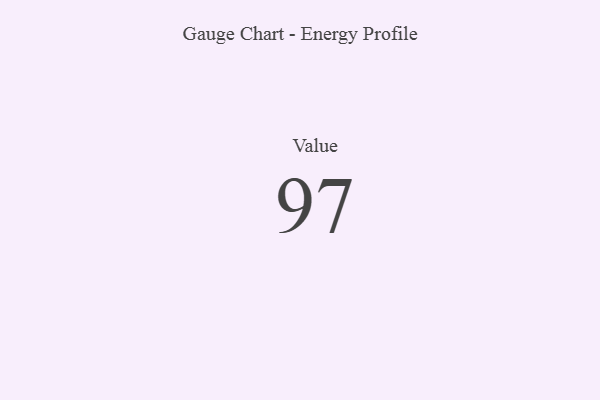
{"axis": {"x": "Metric", "y": "Value"}, "legend": [""], "data": [{"x": "Value", "y": 97, "type": ""}]}